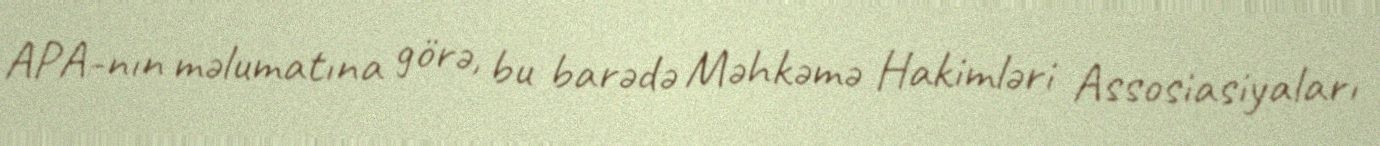
APA-nın məlumatına görə, bu barədə Məhkəmə Hakimləri Assosiasiyaları